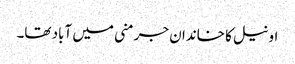
اونیل کا خاندان جرمنی میں آباد تھا۔